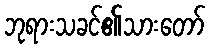
ဘုရားသခင်၏သားတော်